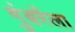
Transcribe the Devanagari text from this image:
गुंबरैला